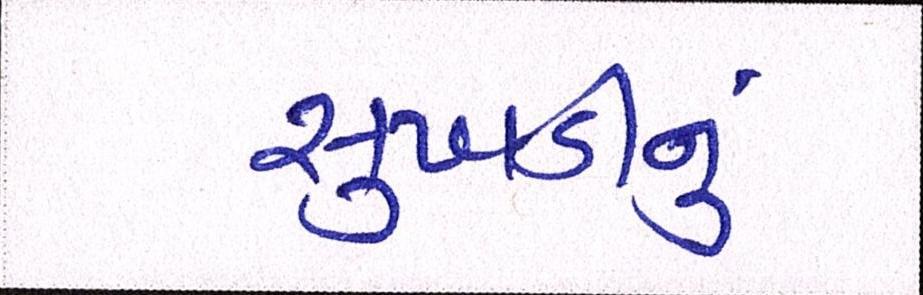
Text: સુખડીનું